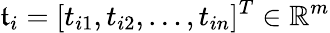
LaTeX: \mathfrak{t}_{i}=[t_{i1},t_{i2},\ldots,t_{in}]^{T}\in\mathbb{R}^{m}